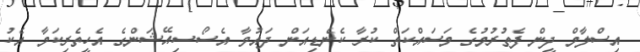
އިސްލާމް ދީން ފެތުރުމުގެ މަސައްކަތް ކުރާ ކެނެޑިއަން ދައުވާ އެސޯސިއޭޝަންގެ އެހީތެރިކަމާ އެކު